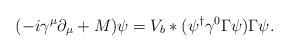
LaTeX: \begin{align*}(-i\gamma^\mu\partial_\mu+M)\psi = V_b*(\psi^\dagger\gamma^0\Gamma\psi)\Gamma\psi.\end{align*}